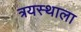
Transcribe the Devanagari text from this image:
त्रयस्थाला